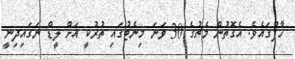
ހާފުގައެވެ. އެގޮތުން މެޗުގެ 30 ވަނަ މިނެޓުގައި ތުރުކީ އަށް ލީޑް ނަގައިދިނީ